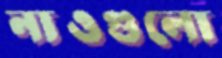
নাওগুলো